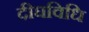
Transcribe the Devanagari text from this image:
दीघविधि